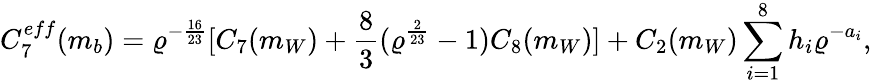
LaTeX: C_{7}^{eff}(m_{b})=\varrho^{-\frac{16}{23}}[C_{7}(m_{W})+\frac{8}{3}(\varrho^{\frac{2}{23}}-1)C_{8}(m_{W})]+C_{2}(m_{W})\sum_{i=1}^{8}h_{i}\varrho^{-a_{i}},